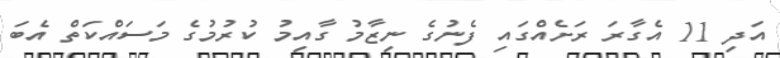
އަދި 11 އެގާރަ ރަށެއްގައި ފެނުގެ ނިޒާމު ގާއިމު ކުރުމުގެ މަސައްކަތް އެބަ